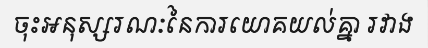
ចុះអនុស្សរណៈនៃការយោគយល់គ្នា រវាង